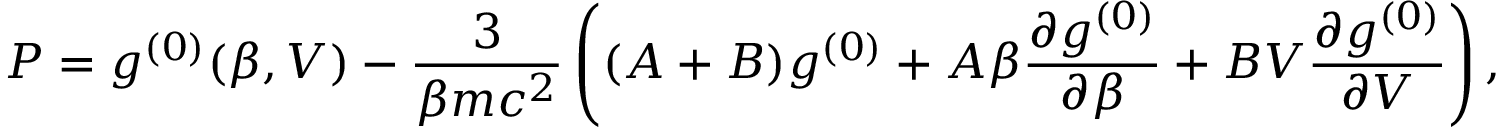
P = g ^ { ( 0 ) } ( \beta , V ) - \frac 3 { \beta m c ^ { 2 } } \left( ( A + B ) g ^ { ( 0 ) } + A \beta \frac { \partial g ^ { ( 0 ) } } { \partial \beta } + B V \frac { \partial g ^ { ( 0 ) } } { \partial V } \right) ,